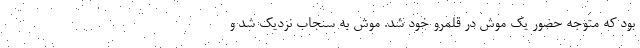
بود که متوجه حضور یک موش در قلمرو خود شد. موش به سنجاب نزدیک شد و